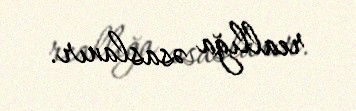
reallığa əsaslanır.